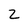
Character: 2